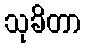
သုခိတာ